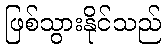
ဖြစ်သွားနိုင်သည်